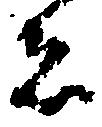
者